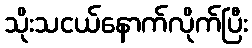
သိုးသငယ်နောက်လိုက်ပြီး